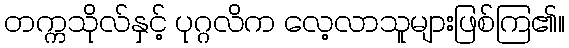
တက္ကသိုလ်နှင့် ပုဂ္ဂလိက လေ့လာသူများဖြစ်ကြ၏။